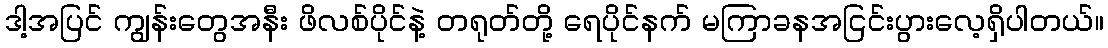
ဒါ့အပြင် ကျွန်းတွေအနီး ဖိလစ်ပိုင်နဲ့ တရုတ်တို့ ရေပိုင်နက် မကြာခနအငြင်းပွားလေ့ရှိပါတယ်။